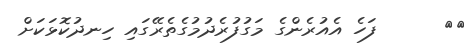
٥٤      ފަހެ އެއުރެންގެ މަގުފުރެދުމުގެތެރޭގައި ހިނދުކޮޅަކަށް